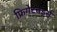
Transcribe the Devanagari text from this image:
फ्रिगेटबर्ड्स